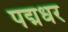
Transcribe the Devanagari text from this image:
पद्मधर